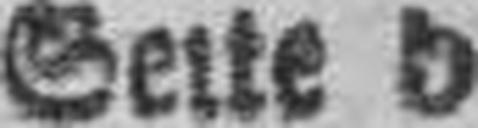
Seite 5